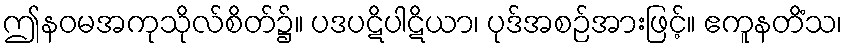
ဤနဝမအကုသိုလ်စိတ်၌။ ပဒပဋိပါဋိယာ၊ ပုဒ်အစဉ်အားဖြင့်။ ဧကူနတိံသ၊